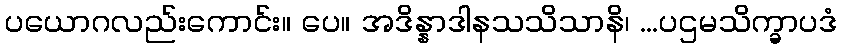
ပယောဂလည်းကောင်း။ ပေ။ အဒိန္နာဒါနသသိသာနိ၊ ...ပဌမသိက္ခာပဒံ